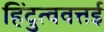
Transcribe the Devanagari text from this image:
हिंदुत्ववत्तई